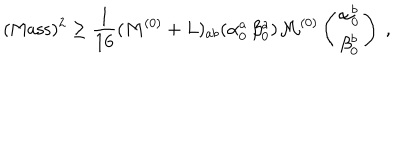
( \mathrm { M a s s } ) ^ { 2 } \geq { \frac { 1 } { 1 6 } } ( M ^ { ( 0 ) } + L ) _ { a b } ( \alpha _ { 0 } ^ { a } \, \beta _ { 0 } ^ { a } ) { \cal M } ^ { ( 0 ) } \left( \begin{matrix} { { \alpha _ { 0 } ^ { b } } } \\ { { \beta _ { 0 } ^ { b } } } \\ \end{matrix} \right) ~ ,